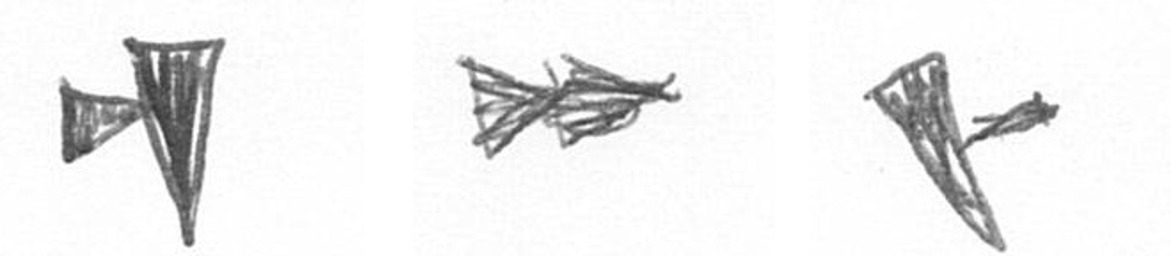
M A F